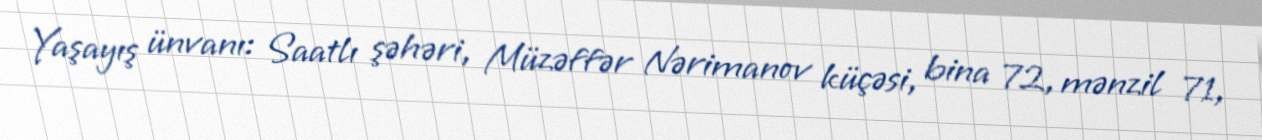
Yaşayış ünvanı: Saatlı şəhəri, Müzəffər Nərimanov küçəsi, bina 72, mənzil 71,